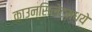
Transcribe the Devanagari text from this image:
काउन्सिलेटमध्ये